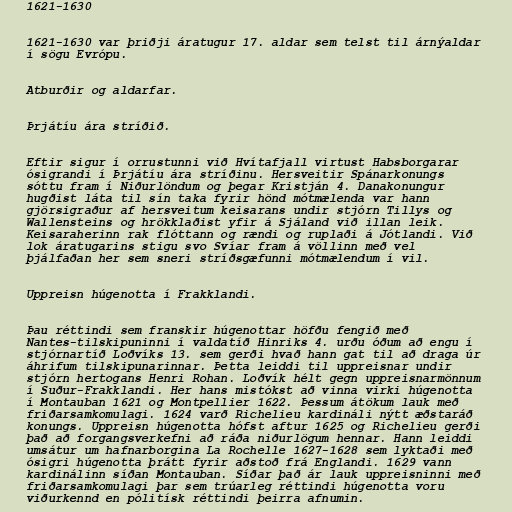
1621-1630

1621-1630 var þriðji áratugur 17. aldar sem telst til árnýaldar
í sögu Evrópu.

Atburðir og aldarfar.

Þrjátíu ára stríðið.

Eftir sigur í orrustunni við Hvítafjall virtust Habsborgarar
ósigrandi í Þrjátíu ára stríðinu. Hersveitir Spánarkonungs
sóttu fram í Niðurlöndum og þegar Kristján 4. Danakonungur
hugðist láta til sín taka fyrir hönd mótmælenda var hann
gjörsigraður af hersveitum keisarans undir stjórn Tillys og
Wallensteins og hrökklaðist yfir á Sjáland við illan leik.
Keisaraherinn rak flóttann og rændi og ruplaði á Jótlandi. Við
lok áratugarins stigu svo Svíar fram á völlinn með vel
þjálfaðan her sem sneri stríðsgæfunni mótmælendum í vil.

Uppreisn húgenotta í Frakklandi.

Þau réttindi sem franskir húgenottar höfðu fengið með
Nantes-tilskipuninni í valdatíð Hinriks 4. urðu óðum að engu í
stjórnartíð Loðvíks 13. sem gerði hvað hann gat til að draga úr
áhrifum tilskipunarinnar. Þetta leiddi til uppreisnar undir
stjórn hertogans Henri Rohan. Loðvík hélt gegn uppreisnarmönnum
í Suður-Frakklandi. Her hans mistókst að vinna virki húgenotta
í Montauban 1621 og Montpellier 1622. Þessum átökum lauk með
friðarsamkomulagi. 1624 varð Richelieu kardináli nýtt æðstaráð
konungs. Uppreisn húgenotta hófst aftur 1625 og Richelieu gerði
það að forgangsverkefni að ráða niðurlögum hennar. Hann leiddi
umsátur um hafnarborgina La Rochelle 1627-1628 sem lyktaði með
ósigri húgenotta þrátt fyrir aðstoð frá Englandi. 1629 vann
kardinálinn síðan Montauban. Síðar það ár lauk uppreisninni með
friðarsamkomulagi þar sem trúarleg réttindi húgenotta voru
viðurkennd en pólitísk réttindi þeirra afnumin.